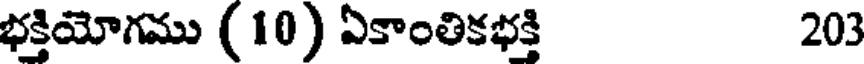
భక్తియోగము (10) ఏకాంతికభక్తి 203